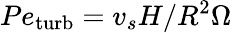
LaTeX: Pe_{\mathrm{turb}}=v_{s}H/R^{2}\Omega